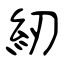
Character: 紉